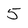
Character: 5